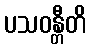
ပသဝန္တီတိ